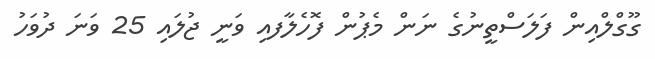
ގޫގްލްއިން ފަލަސްތީނުގެ ނަން މެޕުން ފޮހެލާފއި ވަނީ ޖުލައި 25 ވަނަ ދުވަހު